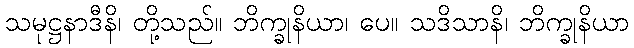
သမုဋ္ဌနာဒီနိ၊ တို့သည်။ ဘိက္ခုနိယာ၊ ပေ။ သဒိသာနိ၊ ဘိက္ခုနိယာ